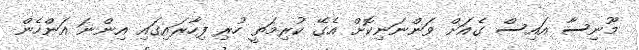
މޫނިސާ އައިސް ގެއަށް ވަންނަނިކޮށް އެގޭ ކުރިމަތީ ހުރި ފިހާރައިގައި އިންނަ އަންހެން